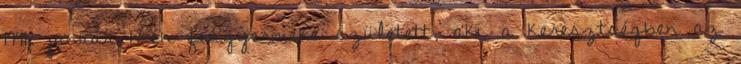
1941. január 17-én fiúgyermeke született, aki a keresztségben az